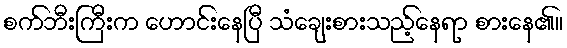
စက်ဘီးကြီးက ဟောင်းနေပြီ သံချေးစားသည့်နေရာ စားနေ၏။